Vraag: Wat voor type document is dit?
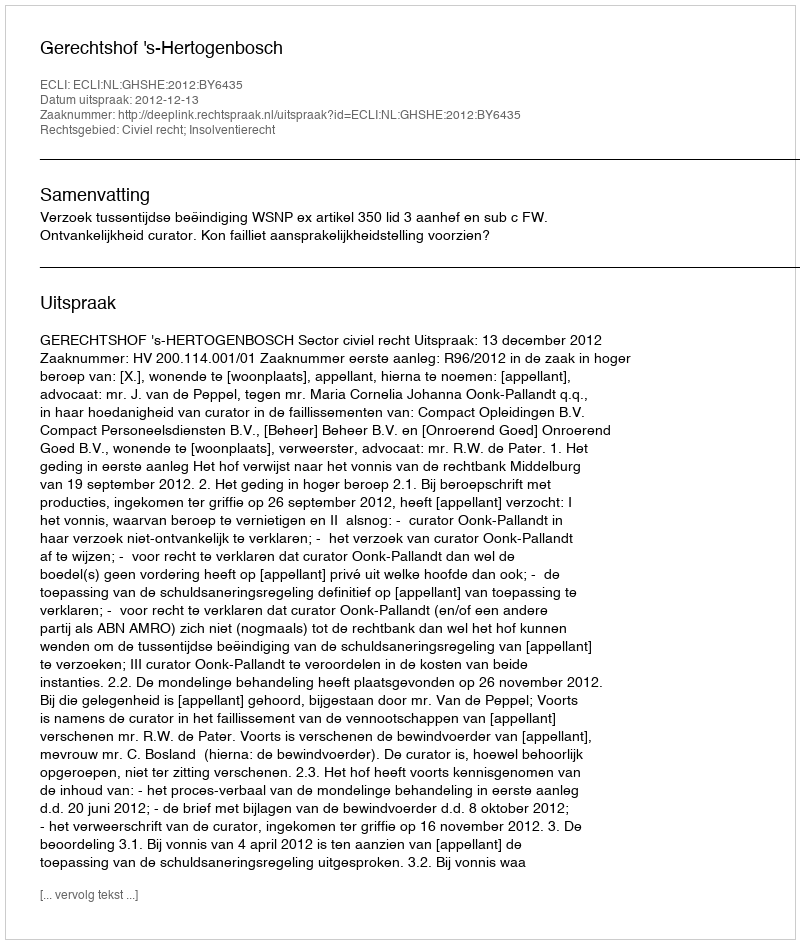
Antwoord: Uitspraak